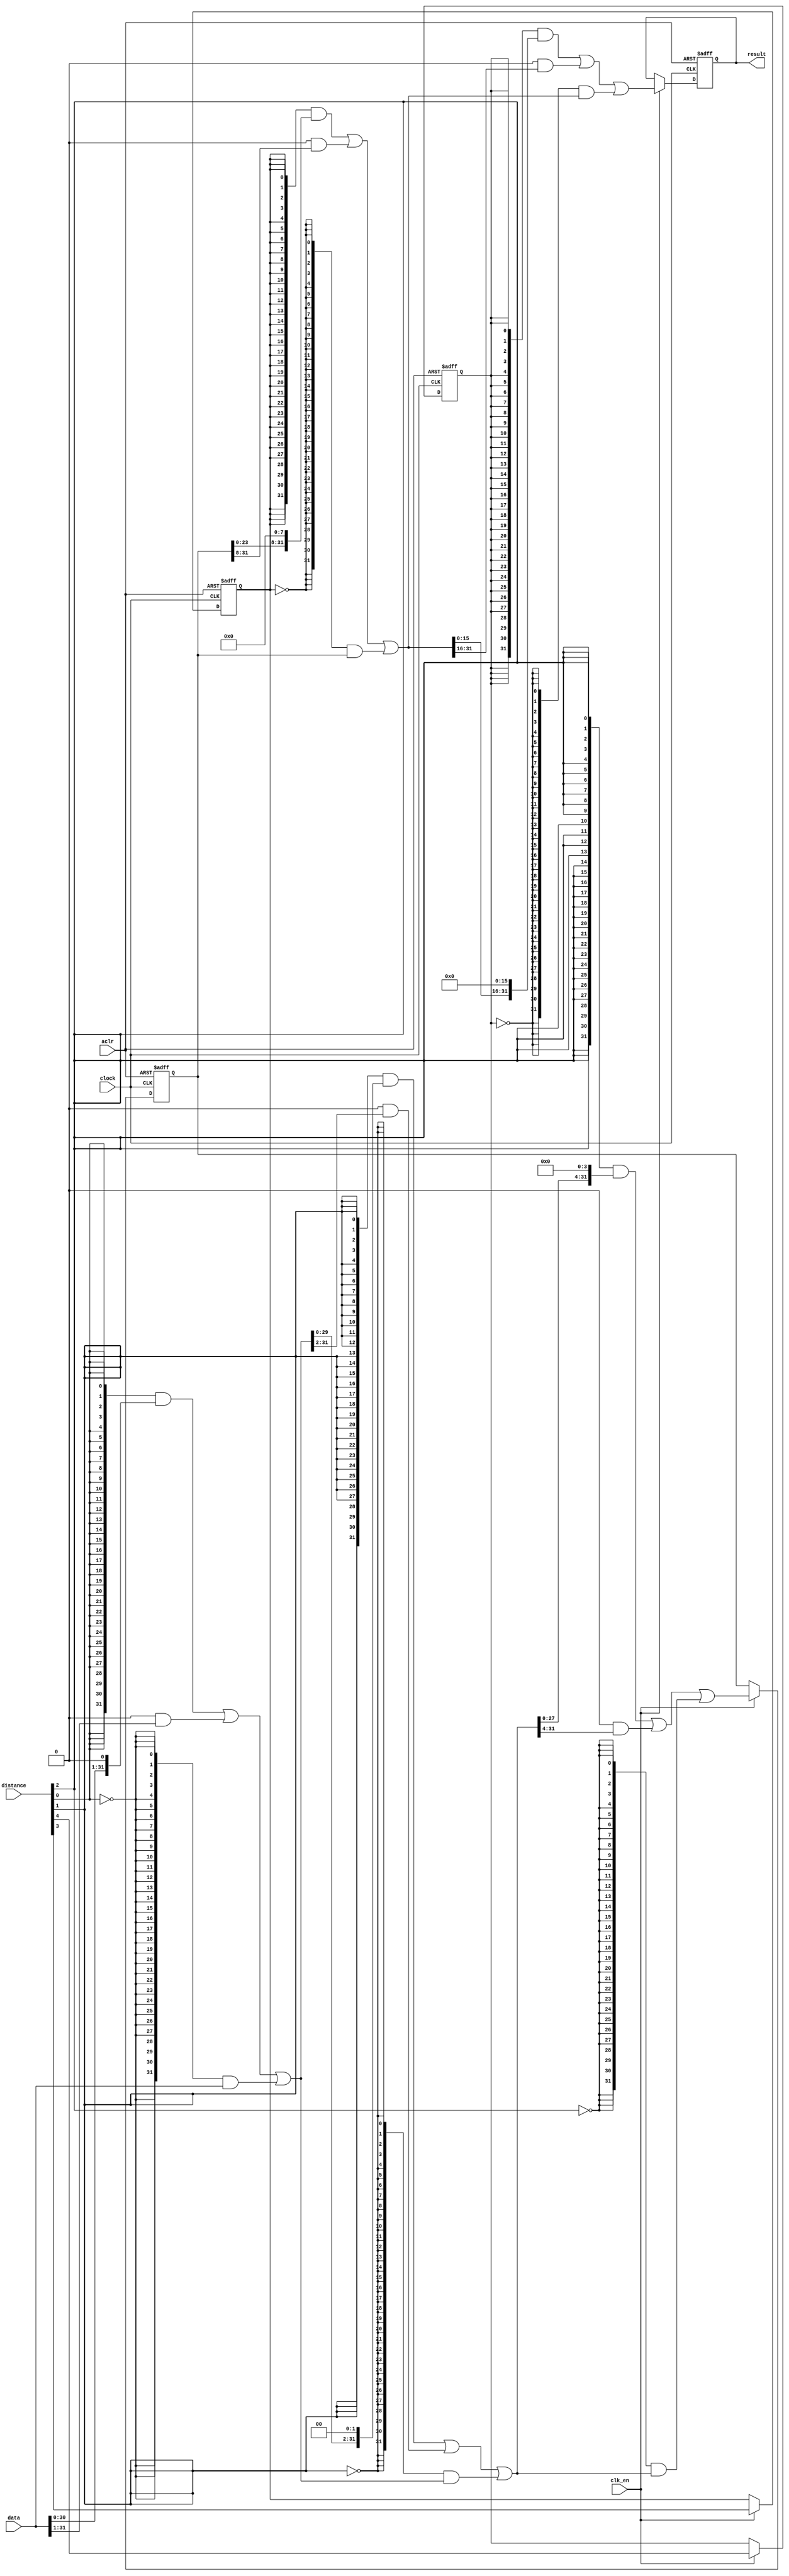
module  int_to_fp_altbarrel_shift_brf
	(
	aclr,
	clk_en,
	clock,
	data,
	distance,
	result) ;
	input   aclr;
	input   clk_en;
	input   clock;
	input   [31:0]  data;
	input   [4:0]  distance;
	output   [31:0]  result;
	reg	[31:0]	pipe_wl1c;
	reg	[31:0]	pipe_wl2c;
	reg	sel_pipel3d1c;
	reg	sel_pipel4d1c;
	wire  direction_w;
	wire  [15:0]  pad_w;
	wire  [191:0]  sbit_w;
	wire  [4:0]  sel_w;
	// synopsys translate_off
	initial
		pipe_wl1c = 0;
	// synopsys translate_on
	always @ ( posedge clock or  posedge aclr)
		if (aclr == 1'b1) pipe_wl1c <= 32'b0;
		else if  (clk_en == 1'b1)   pipe_wl1c <= ((({32{(sel_w[2] & (~ direction_w))}} & {sbit_w[91:64], pad_w[3:0]}) | ({32{(sel_w[2] & direction_w)}} & {pad_w[3:0], sbit_w[95:68]})) | ({32{(~ sel_w[2])}} & sbit_w[95:64]));
	// synopsys translate_off
	initial
		pipe_wl2c = 0;
	// synopsys translate_on
	always @ ( posedge clock or  posedge aclr)
		if (aclr == 1'b1) pipe_wl2c <= 32'b0;
		else if  (clk_en == 1'b1)   pipe_wl2c <= ((({32{(sel_w[4] & (~ direction_w))}} & {sbit_w[143:128], pad_w[15:0]}) | ({32{(sel_w[4] & direction_w)}} & {pad_w[15:0], sbit_w[159:144]})) | ({32{(~ sel_w[4])}} & sbit_w[159:128]));
	// synopsys translate_off
	initial
		sel_pipel3d1c = 0;
	// synopsys translate_on
	always @ ( posedge clock or  posedge aclr)
		if (aclr == 1'b1) sel_pipel3d1c <= 1'b0;
		else if  (clk_en == 1'b1)   sel_pipel3d1c <= distance[3];
	// synopsys translate_off
	initial
		sel_pipel4d1c = 0;
	// synopsys translate_on
	always @ ( posedge clock or  posedge aclr)
		if (aclr == 1'b1) sel_pipel4d1c <= 1'b0;
		else if  (clk_en == 1'b1)   sel_pipel4d1c <= distance[4];
	assign
		direction_w = 1'b0,
		pad_w = {16{1'b0}},
		result = sbit_w[191:160],
		sbit_w = {pipe_wl2c, ((({32{(sel_w[3] & (~ direction_w))}} & {sbit_w[119:96], pad_w[7:0]}) | ({32{(sel_w[3] & direction_w)}} & {pad_w[7:0], sbit_w[127:104]})) | ({32{(~ sel_w[3])}} & sbit_w[127:96])), pipe_wl1c, ((({32{(sel_w[1] & (~ direction_w))}} & {sbit_w[61:32], pad_w[1:0]}) | ({32{(sel_w[1] & direction_w)}} & {pad_w[1:0], sbit_w[63:34]})) | ({32{(~ sel_w[1])}} & sbit_w[63:32])), ((({32{(sel_w[0] & (~ direction_w))}} & {sbit_w[30:0], pad_w[0]}) | ({32{(sel_w[0] & direction_w)}} & {pad_w[0], sbit_w[31:1]})) | ({32{(~ sel_w[0])}} & sbit_w[31:0])), data},
		sel_w = {sel_pipel4d1c, sel_pipel3d1c, distance[2:0]};
endmodule